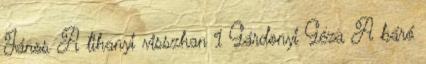
János A tihanyi visszhan 1 Gárdonyi Géza A báró